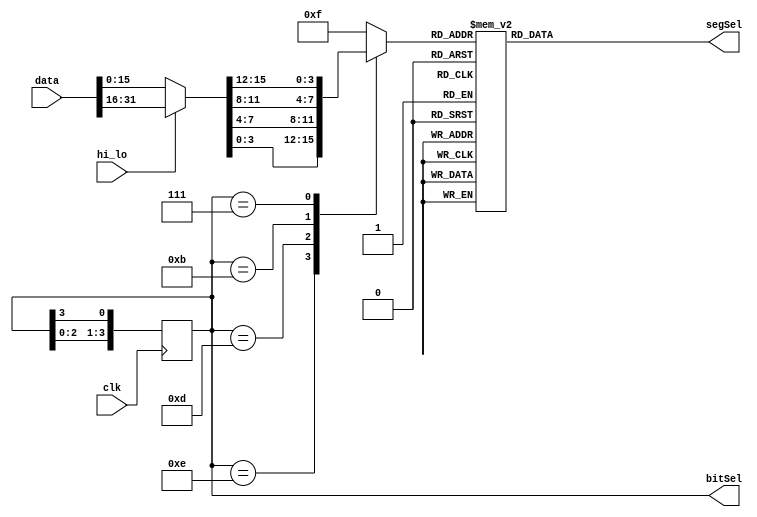
`timescale 1ns / 1ps
//////////////////////////////////////////////////////////////////////////////////
// Company: 
// Engineer: 
// 
// Design Name: 
// Module Name: Displayer
// Project Name: 
// Target Devices: 
// Tool Versions: 
// Description: 
// 
// Dependencies: 
// 
// Revision:
// Revision 0.01 - File Created
// Additional Comments:
// 
//////////////////////////////////////////////////////////////////////////////////


module Displayer(
    input clk,
    input hi_lo,
    input[31:0] data,
    output[3:0] bitSel,
    output[6:0] segSel
    );

    reg[3:0] bitCtrl = 4'b1110;
    wire[15:0] realDisplay;

    assign realDisplay = hi_lo ? data[31:16]:data[15:0];
    
    always @(posedge clk) begin
        bitCtrl <= {bitCtrl[2:0], bitCtrl[3]};
    end

    reg[3:0] segCtrl;

    always @(bitCtrl or data) begin
        case (bitCtrl)
            4'b1110: segCtrl = realDisplay[3:0];
            4'b1101: segCtrl = realDisplay[7:4];
            4'b1011: segCtrl = realDisplay[11:8];
            4'b0111: segCtrl = realDisplay[15:12];
            default: segCtrl = 4'hf;
        endcase
    end

    reg[6:0] seg;

    always @(segCtrl) begin
        case (segCtrl)
            4'h0: seg = 7'b100_0000;//0 
            4'h1: seg = 7'b111_1001;//1 
            4'h2: seg = 7'b010_0100;//2 
            4'h3: seg = 7'b011_0000;//3 
            4'h4: seg = 7'b001_1001;//4 
            4'h5: seg = 7'b001_0010;//5 
            4'h6: seg = 7'b000_0010;//6 
            4'h7: seg = 7'b111_1000;//7 
            4'h8: seg = 7'b000_0000;//8 
            4'h9: seg = 7'b001_0000;//9 
            4'ha: seg = 7'b000_1000;//a 
            4'hb: seg = 7'b000_0011;//b 
            4'hc: seg = 7'b100_0110;//c 
            4'hd: seg = 7'b010_0001;//d 
            4'he: seg = 7'b000_0111;//e       
            4'hf: seg = 7'b000_1110;//f
            default: seg = 7'b111_1111; // no show
        endcase
    end

    assign bitSel = bitCtrl;
    assign segSel = seg;
endmodule